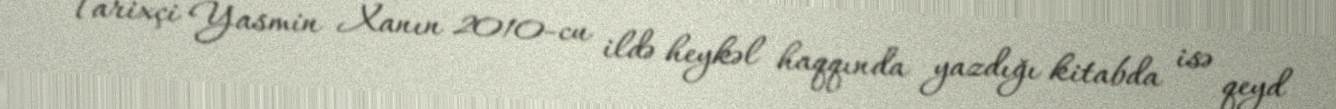
Tarixçi Yasmin Xanın 2010-cu ildə heykəl haqqında yazdığı kitabda isə qeyd